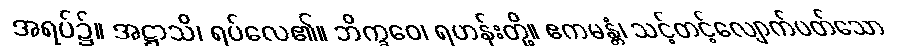
အရပ်၌။ အဋ္ဌာသိ၊ ရပ်လေ၏။ ဘိက္ခဝေ၊ ရဟန်းတို့။ ဧကမန္တံ၊ သင့်တင့်လျောက်ပတ်သော